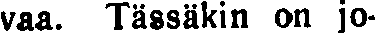
vaa. Tässäkin on jo-